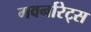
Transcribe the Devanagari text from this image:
गवर्नोरेट्स